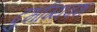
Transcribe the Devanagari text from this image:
दुर्भाग्‍यवश